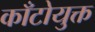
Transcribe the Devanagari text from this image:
काँटोयुक्त